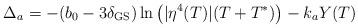
LaTeX: \begin{align*}\Delta_a = -(b_0-3\delta_{\rm GS}) \ln\left(|\eta^4(T)| (T+T^*)\right) - k_a Y(T)\end{align*}